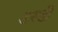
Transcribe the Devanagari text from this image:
डरडी